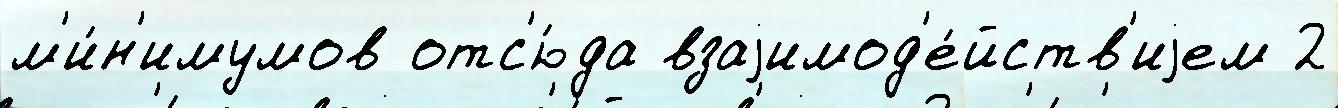
м'и́н'имумов отс'ю́да взаjимод'е́йств'иjем 2